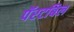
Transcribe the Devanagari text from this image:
पॅरटबिल